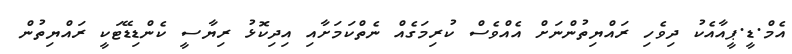
އެމް.ޑީ.ޕީއާއެކު ދިވެހި ރައްޔިތުންނަށް އެއްވެސް ކުރިމަގެއް ނެތްކަމަށާއި އިދިކޮޅު ރިޔާސީ ކެންޑިޑޭޓަކީ ރައްޔިތުން